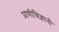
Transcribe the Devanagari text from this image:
प्राणीविज्ञानी